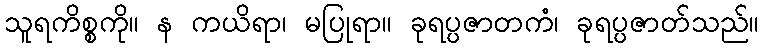
သူရကိစ္စကို။ န ကယိရာ၊ မပြုရာ။ ခုရပ္ပဇာတကံ၊ ခုရပ္ပဇာတ်သည်။